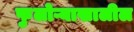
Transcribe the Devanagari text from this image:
फुलोऱ्याखालील